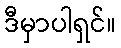
ဒီမှာပါရှင်။